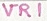
Text: VR1